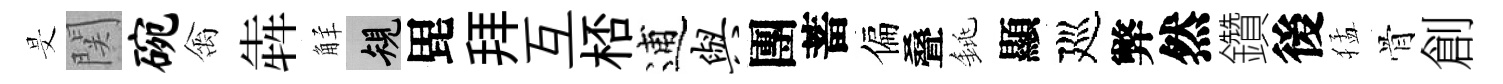
旻関碗禽犇觧規毘拜互桮逋与團蓄偏叠銚顯廵弊然鑽後猛骨創